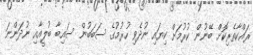
ރައްކާތެރިކޮށް ބޭނުން ކުރުމަށް ކިޔައި ނުދެވި ހުރުމުގެ ސަބަބުން ސައިބާ ބުލީއާއި ނުދަންނަ